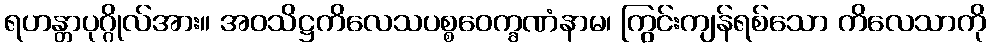
ရဟန္တာပုဂ္ဂိုလ်အား။ အဝသိဋ္ဌကိလေသပစ္စဝေက္ခဏံနာမ၊ ကြွင်းကျန်ရစ်သော ကိလေသာကို